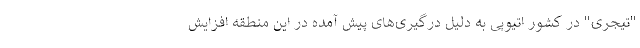
"تیجری" در کشور اتیوپی به دلیل درگیری‌های پیش آمده در این منطقه افزایش